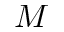
M